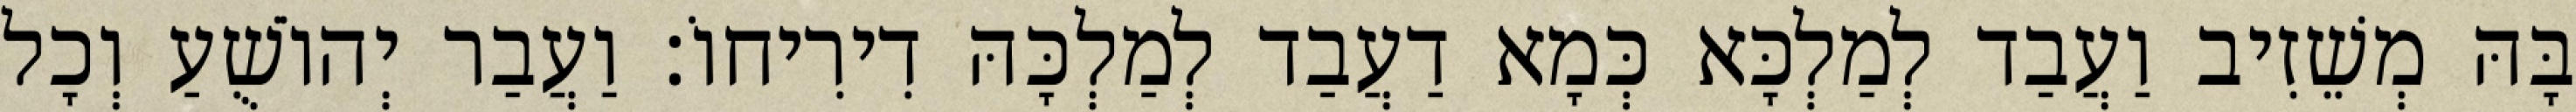
בָּהּ מְשֵׁזִיב וַעֲבַד לְמַלְכָּא כְּמָא דַעֲבַד לְמַלְכָּהּ דִירִיחוֹ׃ וַעֲבַר יְהוֹשֻׁעַ וְכָל